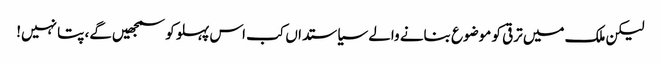
لیکن ملک میں ترقی کو موضوع بنانے والے سیاستداں کب اس پہلو کو سمجھیں‌گے، پتا نہیں!